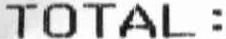
TOTAL :